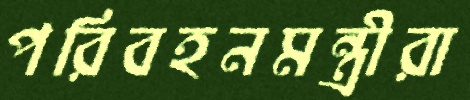
পরিবহনমন্ত্রীরা